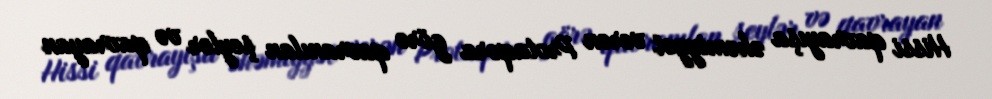
Hissi qavrayışa əhəmiyyət verən Protaqora görə qavranılan şeylər və qavrayan